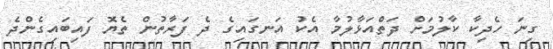
ގިނަ ހެދިކާ ކާލުމަށް ދަތްއަޅާލުމާ އެކު އަނގައިގެ ދެ ފަރާތުން ތެޔޮ ފައިބައިގެންދެ